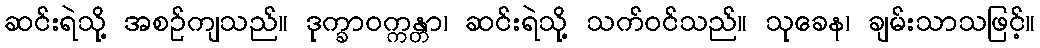
ဆင်းရဲသို့ အစဉ်ကျသည်။ ဒုက္ခာဝက္ကန္တာ၊ ဆင်းရဲသို့ သက်ဝင်သည်။ သုခေန၊ ချမ်းသာသဖြင့်။